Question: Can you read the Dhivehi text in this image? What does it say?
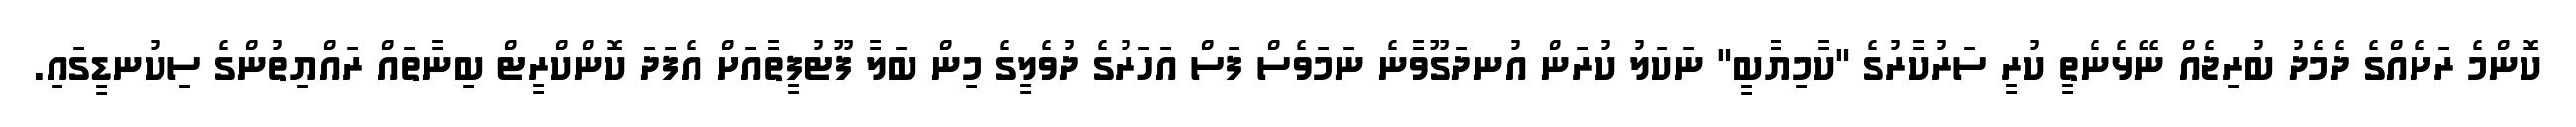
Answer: ކޮންމެ ރަށެއްގެ ދެމެދު ބުރިޖެއް ނޭޅެނެތީ ކުރީ ސަރުކާރުގެ "ކާމިޔާބީ" ނަކަލު ކުރަން އުނދަގޫވާނެ ނަމަވެސް ފަސް އަހަރުގެ ދުވެލީގެ މިން ބަލާ ފޫޓުފީތާއަށް އެފަދަ ކޮންކްރީޓް ބިނާތައް ރައްޔިތުންގެ ސިކުނޑީގައި.